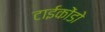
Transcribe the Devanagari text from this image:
टाईकोंडो